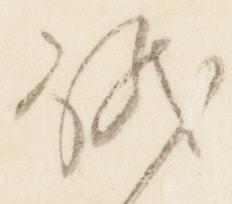
儀